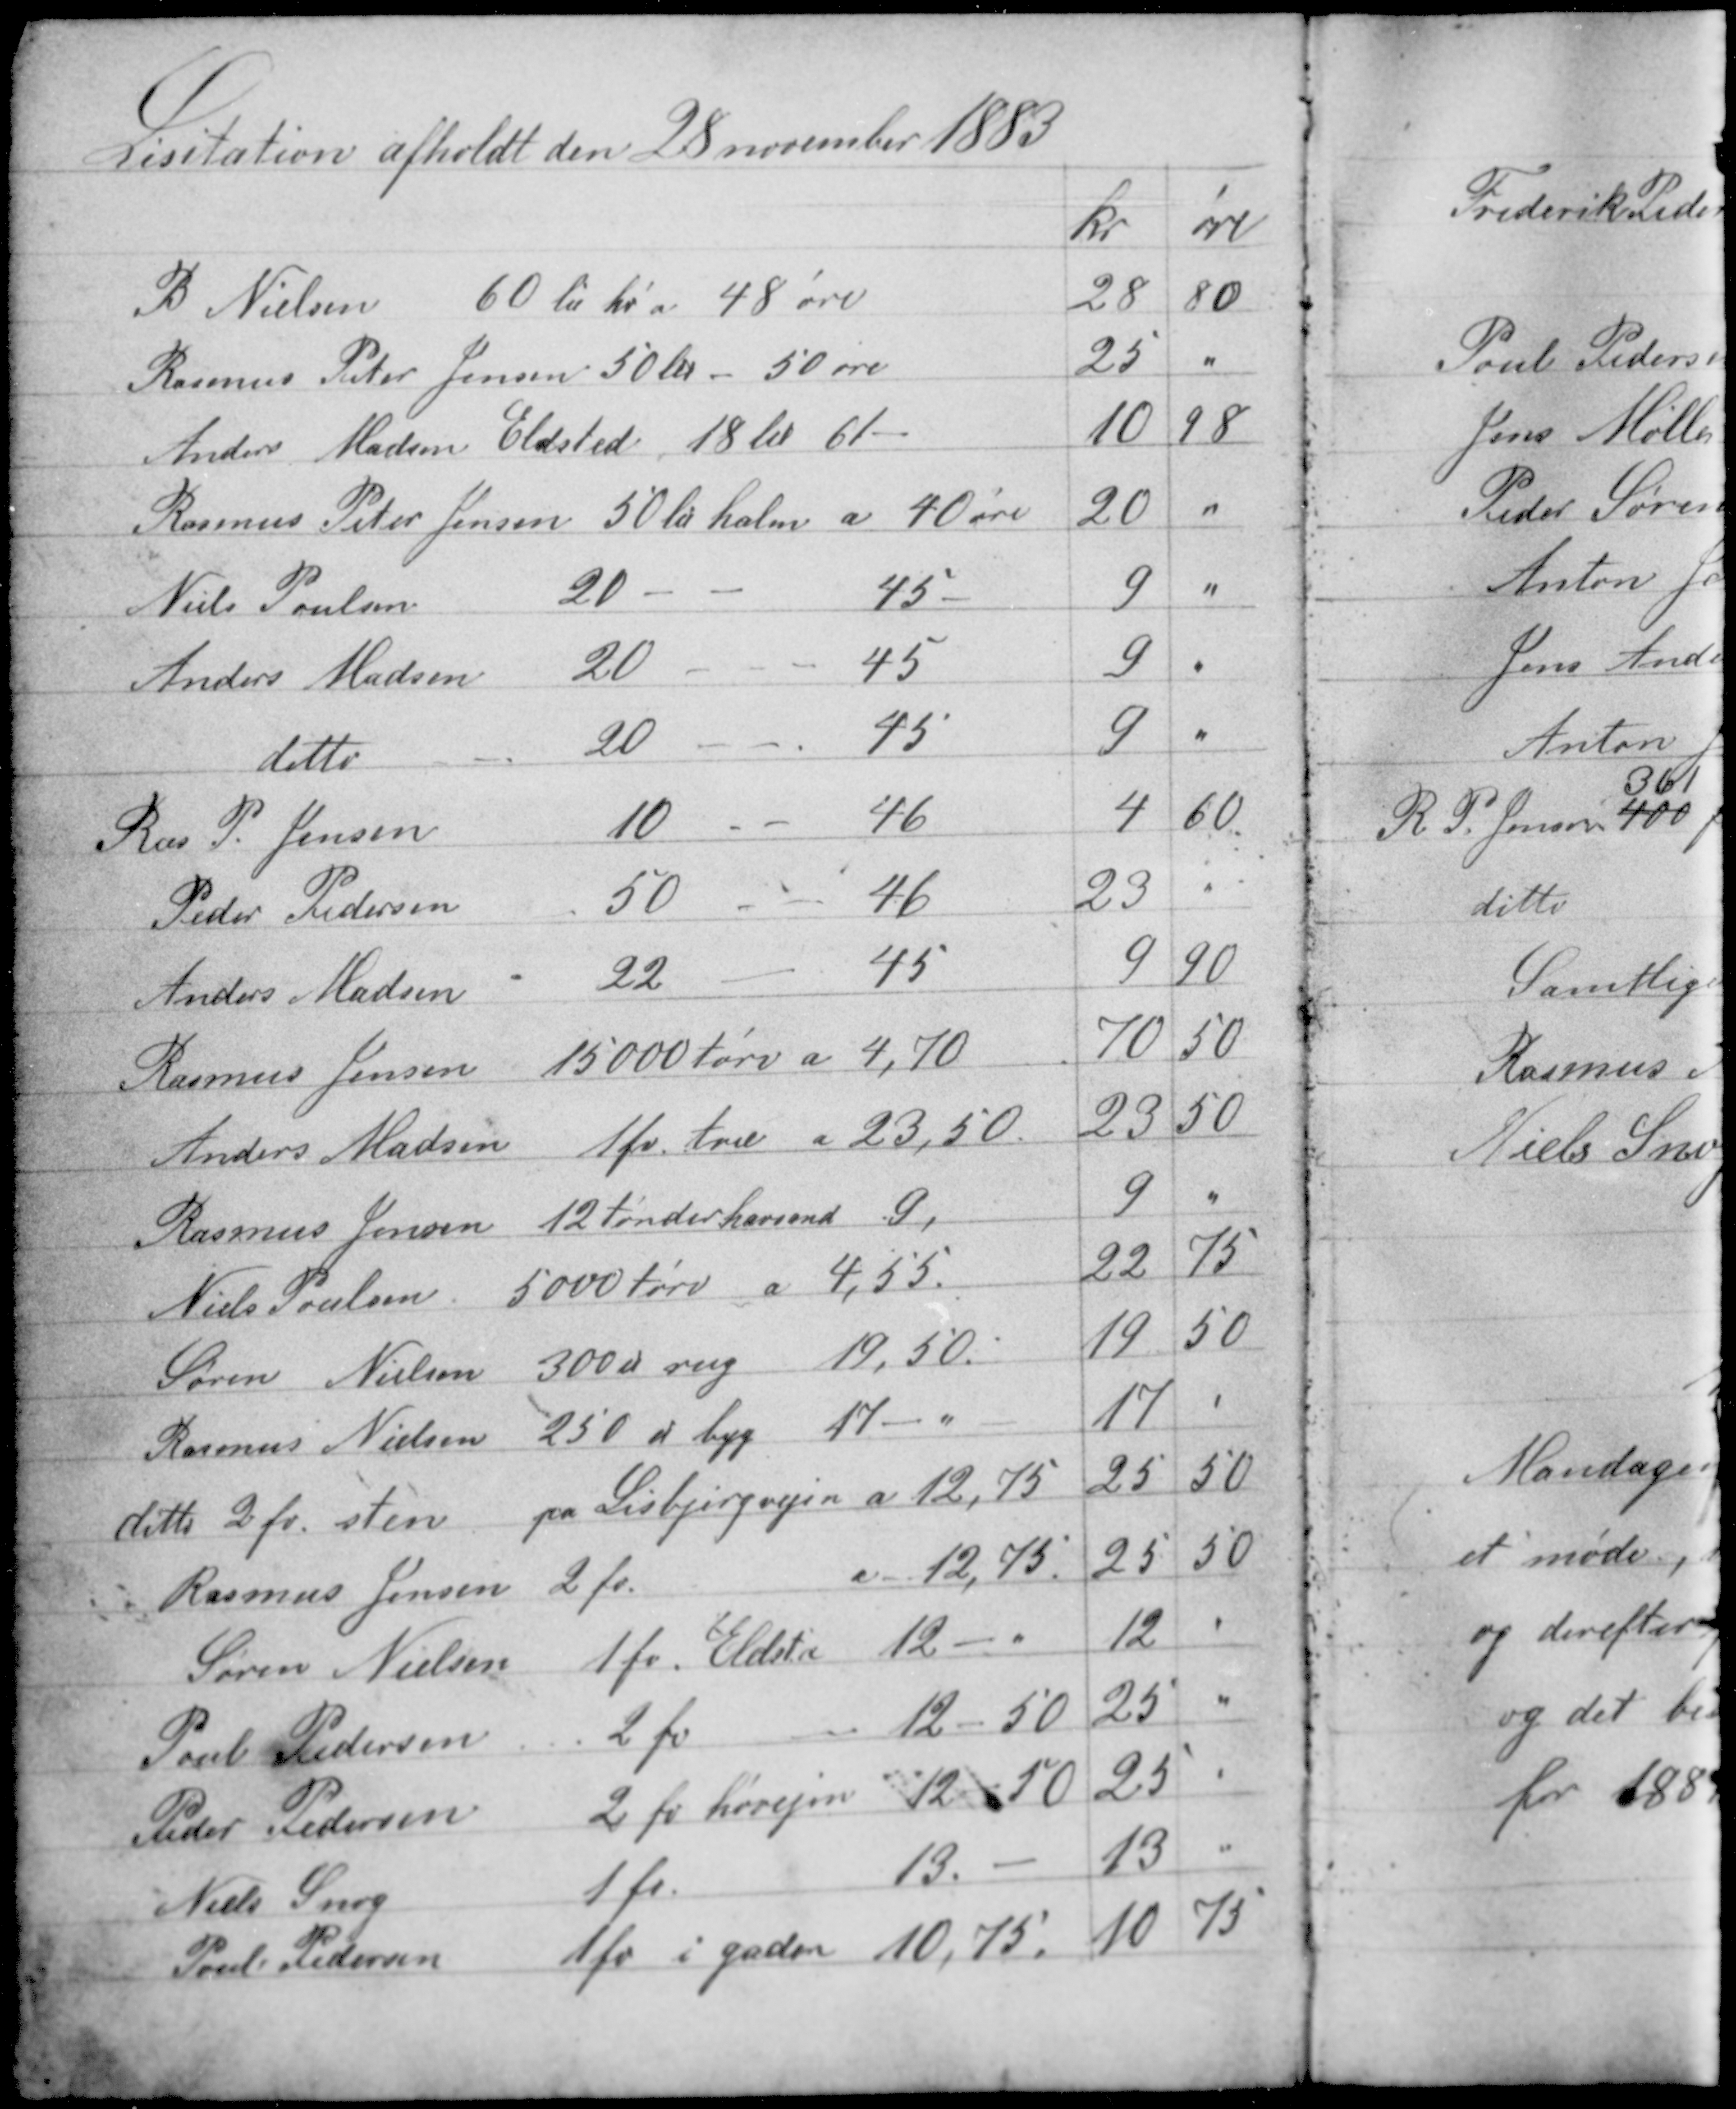
Transskription:
Lisitation afholdt den 28 november 1883